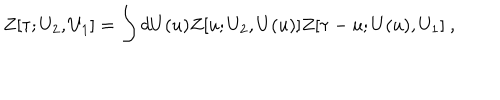
Z [ \tau ; U _ { 2 } , U _ { 1 } ] = \int d U ( u ) Z [ u ; U _ { 2 } , U ( u ) ] Z [ \tau - u ; U ( u ) , U _ { 1 } ] \ ,